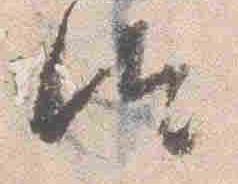
汰